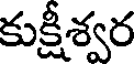
కుక్షీశ్వర